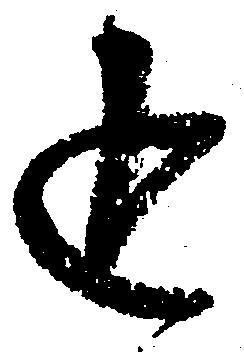
返